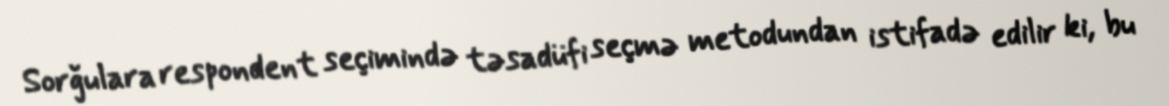
Sorğulara respondent seçimində təsadüfi seçmə metodundan istifadə edilir ki, bu